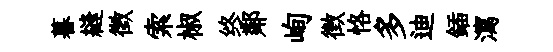
暮縫徵索椒终鄰峋徴恪多迪鍤瀉